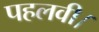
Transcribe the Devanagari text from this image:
पहलवी।